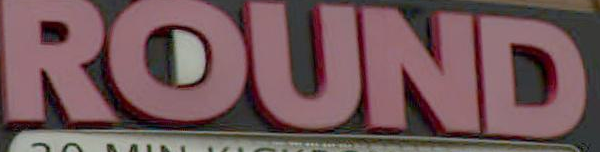
ROUND